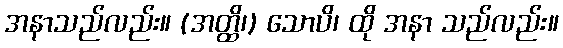
အနာသည်လည်း။ (အတ္ထိ၊) သောပိ၊ ထို အနာ သည်လည်း။